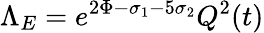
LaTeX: \Lambda_{E}=e^{2\Phi-\sigma_{1}-5\sigma_{2}}Q^{2}(t)